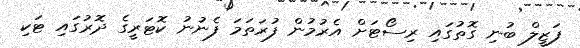
ފަޒީލް ބުނި ގޮތުގައި ރިސޯޓަށް އެރުމުން ފުރަތަމަ ފެނުނު ކޮޓަރީގެ ދޮރުގައި ޓަކި